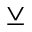
\veebar